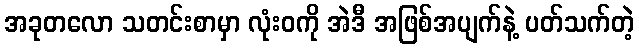
အခုတလော သတင်းစာမှာ လုံးဝကို အဲဒီ အဖြစ်အပျက်နဲ့ ပတ်သက်တဲ့